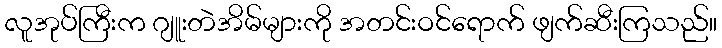
လူအုပ်ကြီးက ဂျူးတဲအိမ်များကို အတင်းဝင်ရောက် ဖျက်ဆီးကြသည်။